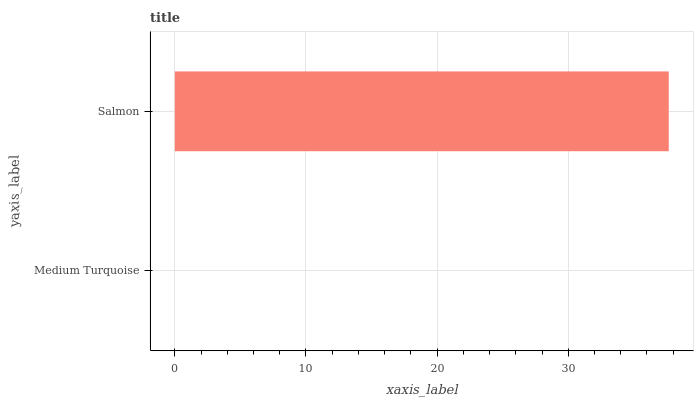
| yaxis_label | bars |
 | --- | --- |
 | Medium Turquoise | 0 |
 | Salmon | 37.7 |